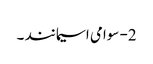
2- سوامی اسیمانند ۔